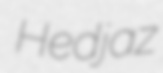
Hedjaz